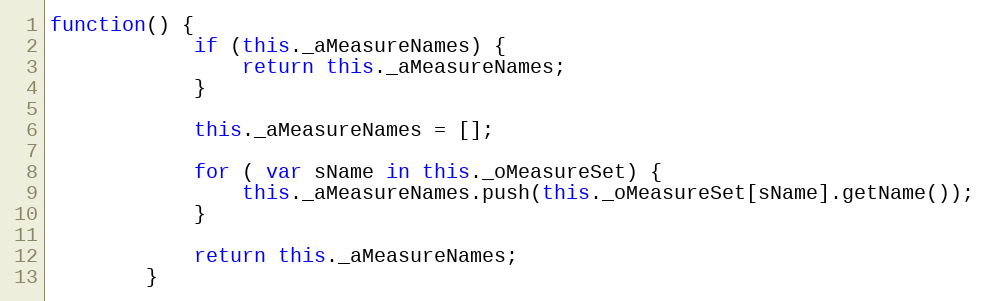
Language: JavaScript
function() {
			if (this._aMeasureNames) {
				return this._aMeasureNames;
			}

			this._aMeasureNames = [];

			for ( var sName in this._oMeasureSet) {
				this._aMeasureNames.push(this._oMeasureSet[sName].getName());
			}

			return this._aMeasureNames;
		}